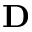
{ \bf D }